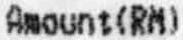
AMOUNT(RM)